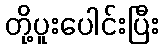
တို့ပူးပေါင်းပြီး